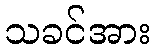
သခင်အား